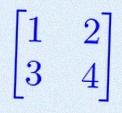
\begin{bmatrix}1&2\\3&4\end{bmatrix}